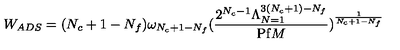
W _ { A D S } = ( N _ { c } + 1 - N _ { f } ) \omega _ { N _ { c } + 1 - N _ { f } } ( \frac { 2 ^ { N _ { c } - 1 } \Lambda _ { N = 1 } ^ { 3 ( N _ { c } + 1 ) - N _ { f } } } { \mathrm { P f } M } ) ^ { \frac { 1 } { N _ { c } + 1 - N _ { f } } }